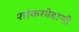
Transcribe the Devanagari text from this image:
शांकरवेदान्ती